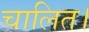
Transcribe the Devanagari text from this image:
चालित।